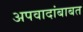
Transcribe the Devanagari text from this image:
अपवादांबाबत